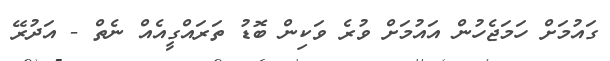
ގައުމަށް ހަމަޖެހުން އައުމަށް ވުރެ ވަކިން ބޮޑު ތަރައްގީއެއް ނެތް - އަދުރޭ